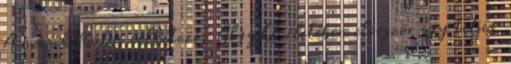
A másik fontos célkitızés AlgyŒ életében elœször egy teljes